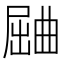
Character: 𱚾